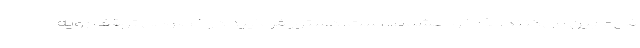
فی‌مابین می‌کنند. لذا خواهشمند است، دستور فرمایید در خصوص توقف رویه